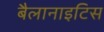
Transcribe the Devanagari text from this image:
बैलानाइटिस